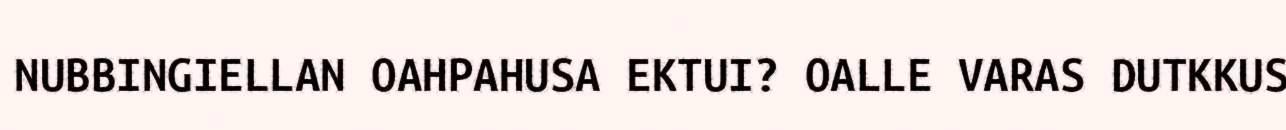
NUBBINGIELLAN OAHPAHUSA EKTUI? OALLE VARAS DUTKKUS